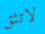
لاتثق